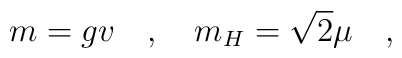
m=gv \quad , \quad m_H=\sqrt{2} \mu \quad ,